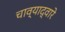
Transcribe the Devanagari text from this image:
चाव्याद्वारे